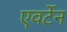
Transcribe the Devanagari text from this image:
एवर्टेन